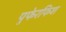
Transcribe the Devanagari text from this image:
पुफेरफिश